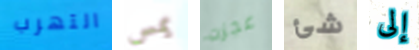
التهرب يمس عجزت شئ إلى